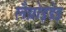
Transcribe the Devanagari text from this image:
लैब्रोइडेइ